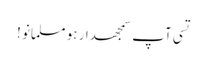
تسی آپ سمجھدار ہو مسلمانو !